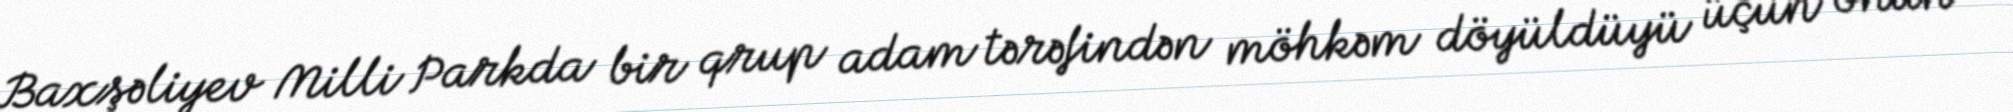
Baxşəliyev Milli Parkda bir qrup adam tərəfindən möhkəm döyüldüyü üçün onun